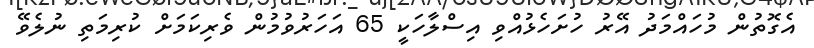
އެގޮތުން މުހައްމަދު އޭރު ހުށަހެޅުއްވި އިސްލާހަކީ 65 އަހަރުވުމުން ވެރިކަމަށް ކުރިމަތި ނުލެވޭ